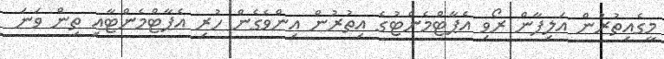
މީގެއިތުރުން އަލިފާން ރޯވި އެޕާޓްމެންޓުގެ އިތުރުން އިންވެގެން ހުރި އެޕާޓްމެންޓާއި ތިން ވަނަ